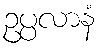
ဥပ္ပလာနံ